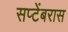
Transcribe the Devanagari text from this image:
सप्टेंबरास